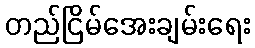
တည်ငြိမ်အေးချမ်းရေး